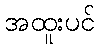
အထူးပင်